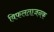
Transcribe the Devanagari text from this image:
विफलताजनक